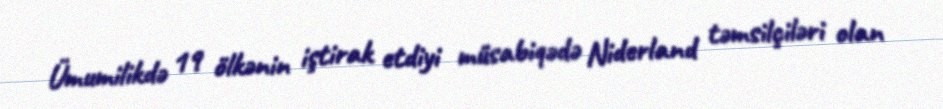
Ümumilikdə 19 ölkənin iştirak etdiyi müsabiqədə Niderland təmsilçiləri olan